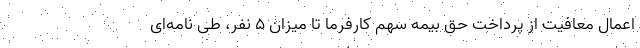
اعمال معافیت از پرداخت حق بیمه سهم کارفرما تا میزان ۵ نفر، طی نامه‌ای